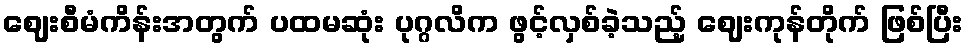
ဈေးစီမံကိန်းအတွက် ပထမဆုံး ပုဂ္ဂလိက ဖွင့်လှစ်ခဲ့သည့် ဈေးကုန်တိုက် ဖြစ်ပြီး